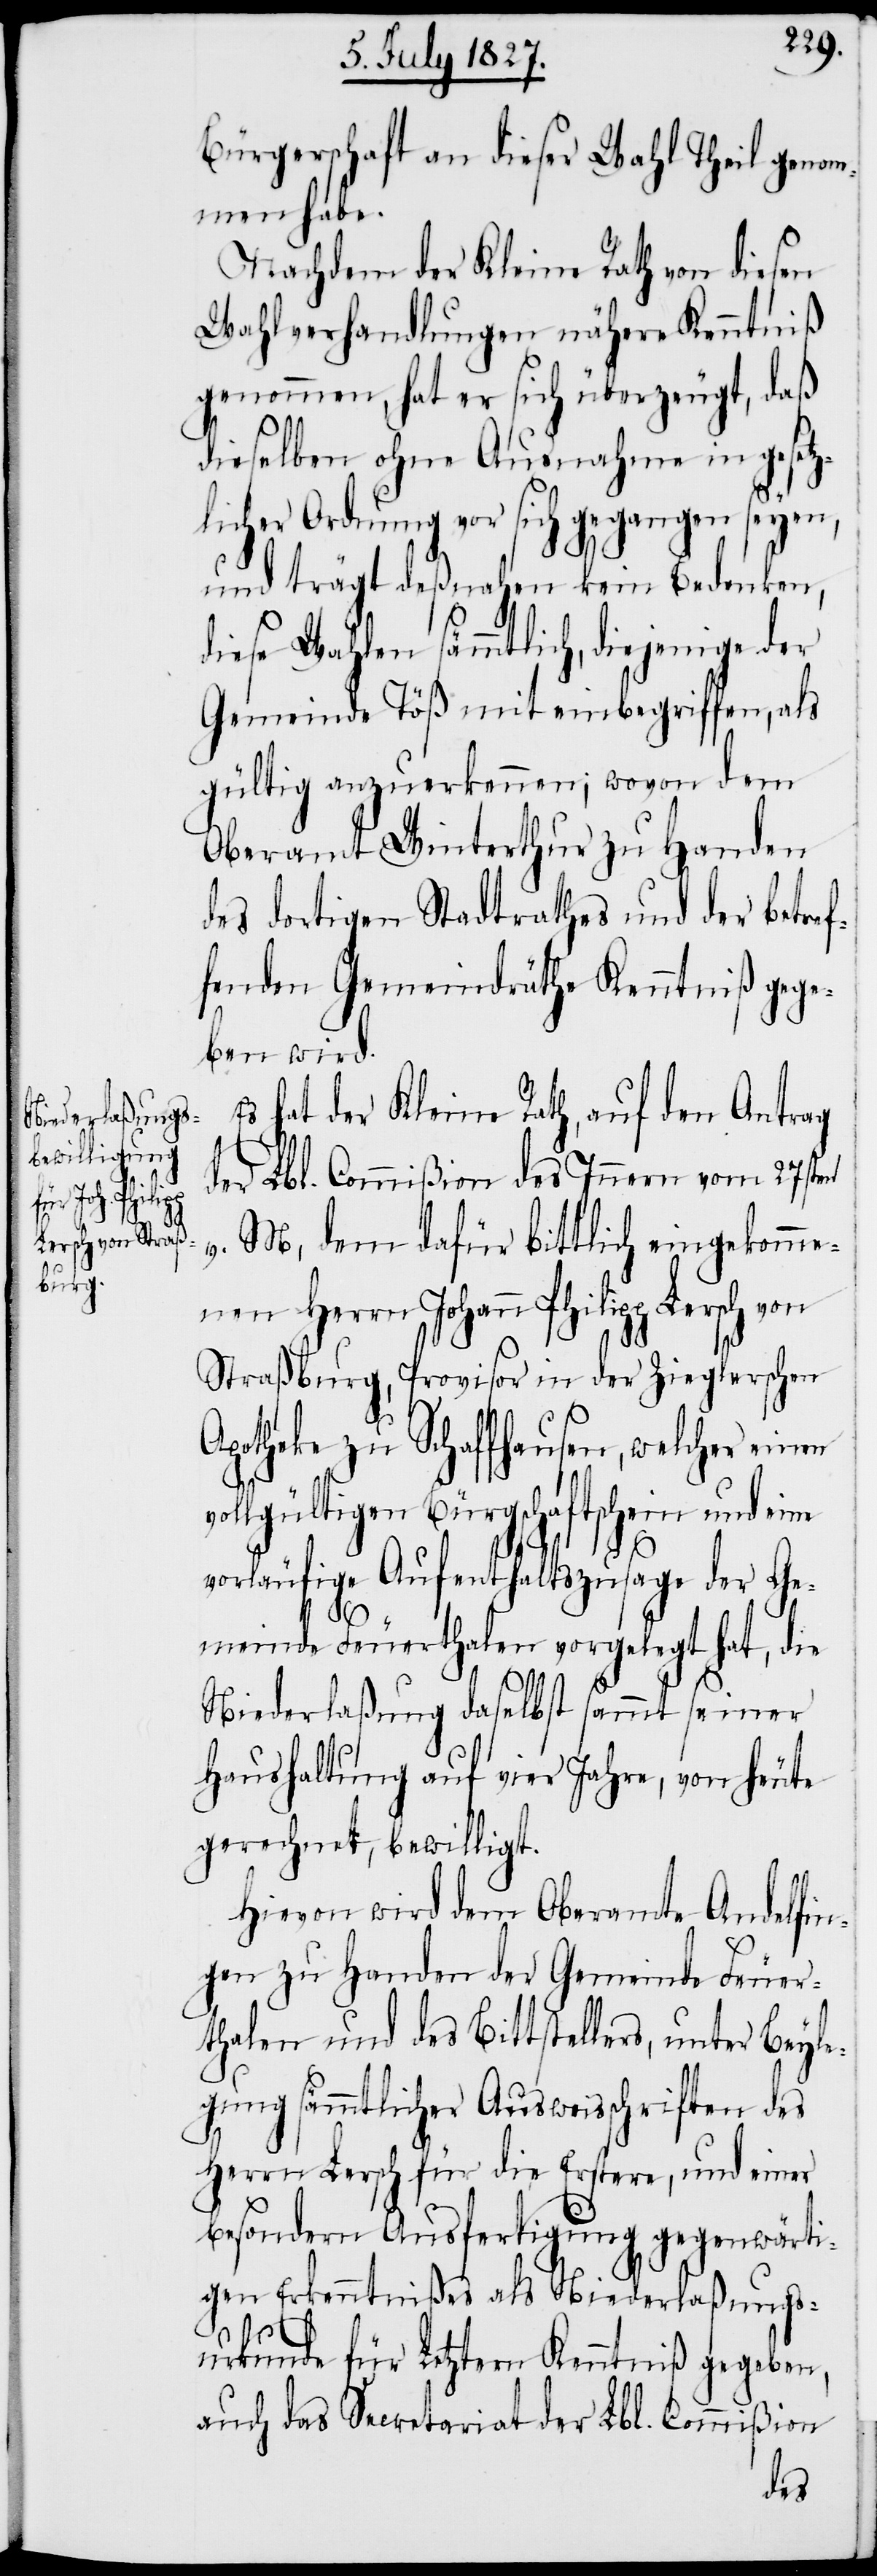
Bürgerschaft an dieser Wahl Theil genom¬
men habe.
Nachdem der Kleine Rath von diesen
Wahlverhandlungen nähere Kenntniß
genommen, hat er sich überzeugt, daß
dieselben ohne Ausnahme in gesetz¬
licher Ordnung vor sich gegangen seyen,
und trägt deßnahen kein Bedenken,
diese Wahlen sämmtlich, diejenige der
Gemeinde Töß mit einbegriffen, als
gültig anzuerkennen; wovon dem
Oberamt Winterthur zu Handen
des dortigen Stadtrathes und der betref¬
fenden Gemeindräthe Kenntniß gege¬
ben wird.
Es hat der Kleine Rath, auf den Antrag
der Lbl. Commißion des Innern vom 27sten
M, dem dafür bittlich eingekomme¬
nen Herrn Johann Philipp Lersch
Straßburg, Provisor in der Zieglerschen
Apotheke zu Schaffhausen, welcher einen
vollgültigen Bürgschaftsschein und eine
vorläufige Aufenthaltszusage der Ge¬
meinde Feuerthalen vorgelegt hat, die
Niederlaßung daselbst sammt seiner
Haushaltung auf vier Jahre, von heute
gerechnet, bewilligt.
Hievon wird dem Oberamt Andelfin¬
gen zu Handen der Gemeinde Feuer¬
thalen und des Bittstellers, unter Beyle¬
gung sämmtlicher Ausweisschriften des
Herrn Lersch für die Erstere, und einer
besondern Ausfertigung gegenwärti¬
gen Erkenntnißes als Niederlaßungs¬
urkunde für Letztern Kenntniß gegeben,
auch das Secretariat der Lbl. Commißion